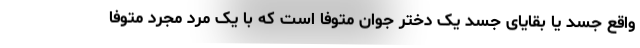
واقع جسد یا بقایای جسد یک دختر جوان متوفا است که با یک مرد مجرد متوفا